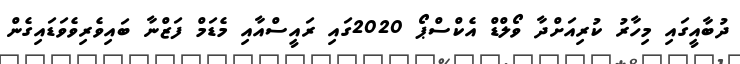
ދުބާއީގައި މިހާރު ކުރިއަށްދާ ވޯލްޑް އެކްސްޕޯ 2020ގައި ރައީސްއާއި މެޑަމް ފަޒްނާ ބައިވެރިވެވަޑައިގެން